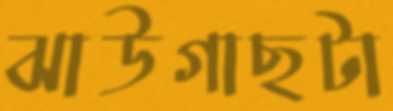
ঝাউগাছটা